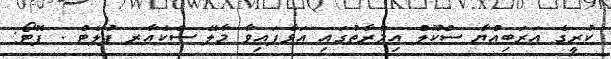
ކުރީގެ އަރަބިއްޔާ ސްކޫލް އިމާރާތުގައި އަޅާފައިވާ މާލޭ ސްކެއާރ ފުލެޓް . ފޮޓޯ: